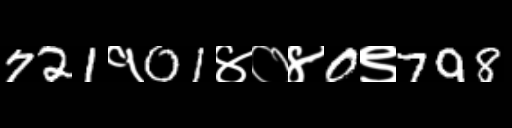
Text: 721१01४०४0९798